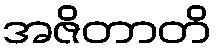
အဇိတာတိ